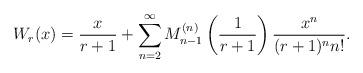
LaTeX: \begin{align*}W_r(x)=\frac{x}{r+1}+\sum_{n=2}^\infty M_{n-1}^{(n)}\left(\frac{1}{r+1}\right)\frac{x^n}{(r+1)^nn!}.\end{align*}